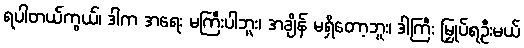
ရပါတယ်ကွယ်၊ ဒါက အရေး မကြီးပါဘူး၊ အချိန် မရှိတော့ဘူး၊ ဒါကြီး မြှုပ်ရဦးမယ်